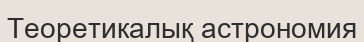
Теоретикалық астрономия